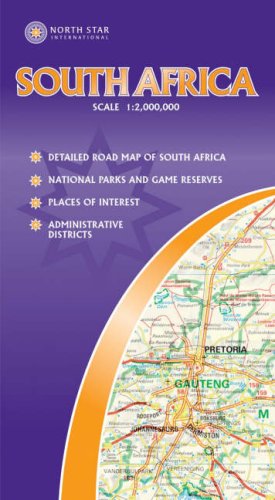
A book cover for South Africa; Travel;